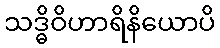
သဒ္ဓိဝိဟာရိနိယောပိ